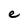
Character: e